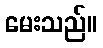
မေးသည်။